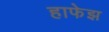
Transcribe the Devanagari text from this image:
हाफेझ